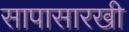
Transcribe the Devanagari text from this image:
सापासारखी